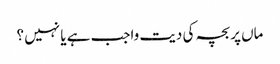
ماں پر بچہ کی دیت واجب ہے یا نہیں ؟